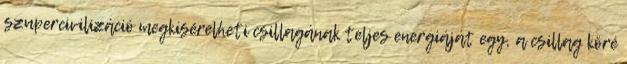
szupercivilizáció megkísérelheti csillagának teljes energiáját egy, a csillag köré